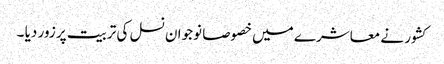
کشور نے معاشرے میں خصوصا نوجوان نسل کی تربیت پر زور دیا ۔